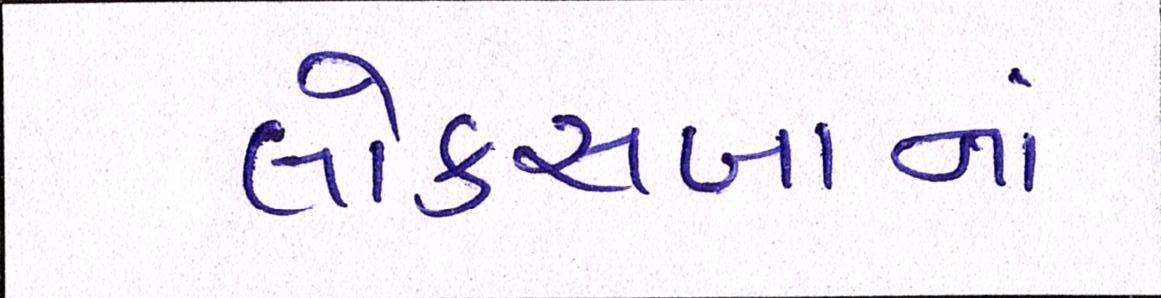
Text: લોકસબાનાં